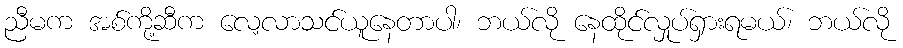
ညီမက အစ်ကို့ဆီက လေ့လာသင်ယူနေတာပါ၊ ဘယ်လို နေထိုင်လှုပ်ရှားရမယ်၊ ဘယ်လို